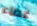
غطاء